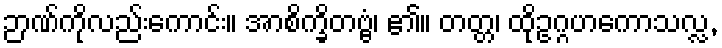
ဉာဏ်ကိုလည်းကောင်း။ အာစိက္ခိတဗ္ဗံ၊ ၏။ တတ္တ၊ ထိုဥဂ္ဂဟကောသလ္လ,